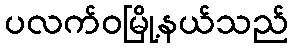
ပလက်ဝမြို့နယ်သည်